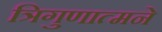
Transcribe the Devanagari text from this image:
त्रिगुणात्मने